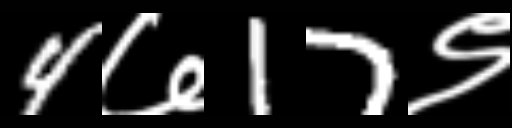
Text: 4७17९